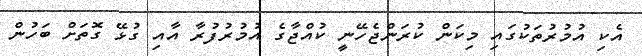
އެކި އުމުރުތަކުގައި މިކަން ކުރަންޖެހޭނީ ކުއްޖާގެ އުމުރުފުރާ އާއި ގުޅޭ ގޮތަށް ބަހުން